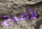
لأصبح